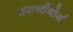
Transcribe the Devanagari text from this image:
उरानीबोर्ग